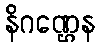
နိဂဏ္ဌေန